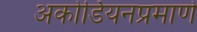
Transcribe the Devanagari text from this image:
अकोर्डियनप्रमाणे